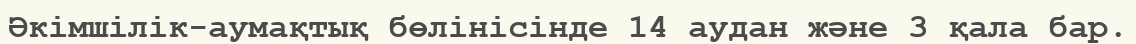
Әкімшілік-аумақтық бөлінісінде 14 аудан және 3 қала бар.